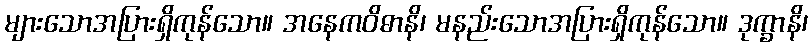
များသောအပြားရှိကုန်သော။ အနေကဝိဓာနိ၊ မနည်းသောအပြားရှိကုန်သော။ ဒုက္ခာနိ၊